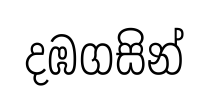
දඹගසින්